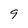
Character: 9